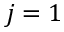
j = 1